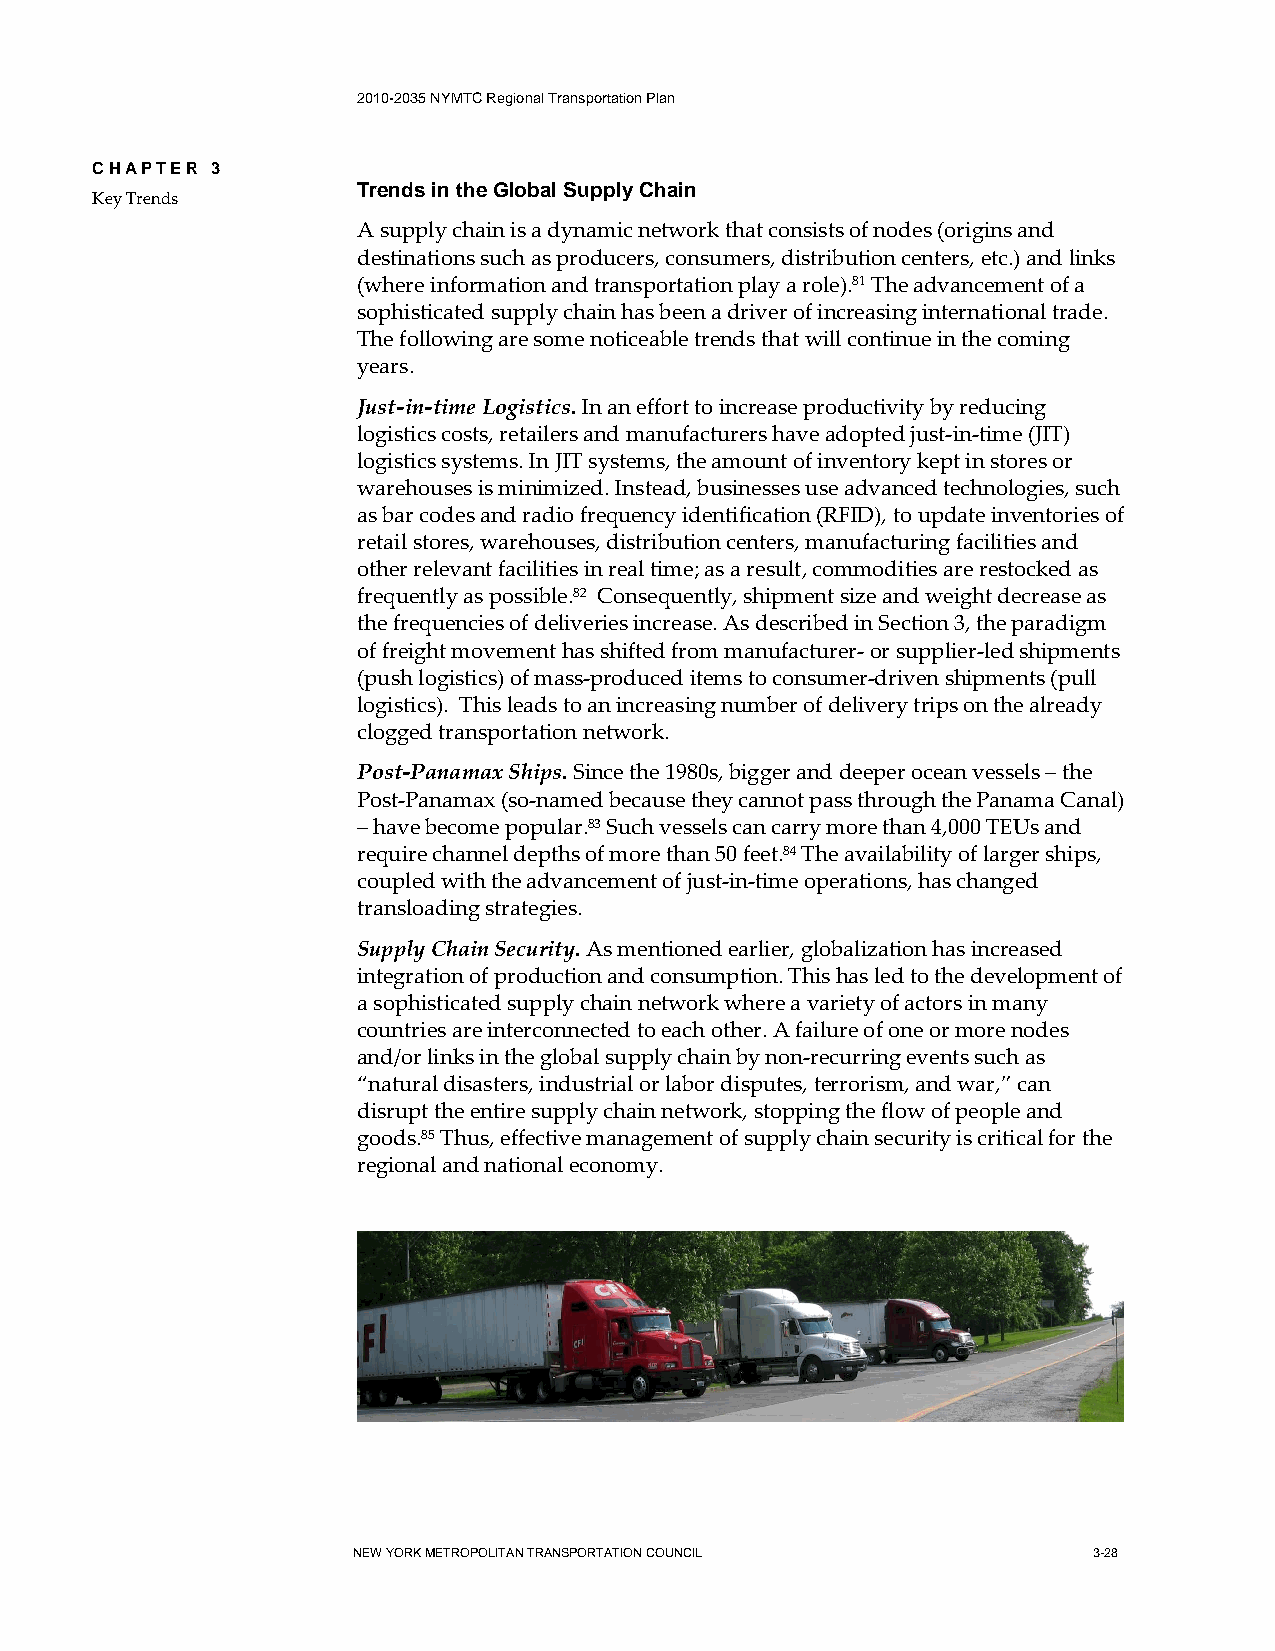
2010-2035 NYMTC Regional Transportation Plan
 CHAPTER 3
 Trends in the Global Supply Chain
 Key Trends
 A supply chain is a dynamic network that consists of nodes (origins and
 destinations such as producers, consumers, distribution centers, etc.) and links
 (where information and transportation play a role).81 The advancement of a
 sophisticated supply chain has been a driver of increasing international trade.
 The following are some noticeable trends that will continue in the coming
 years.
 Just-in-time Logistics. In an effort to increase productivity by reducing
 logistics costs, retailers and manufacturers have adopted just-in-time (JIT)
 logistics systems. In JIT systems, the amount of inventory kept in stores or
 warehouses is minimized. Instead, businesses use advanced technologies, such
 as bar codes and radio frequency identification (RFID), to update inventories of
 retail stores, warehouses, distribution centers, manufacturing facilities and
 other relevant facilities in real time; as a result, commodities are restocked as
 frequently as possible.82 Consequently, shipment size and weight decrease as
 the frequencies of deliveries increase. As described in Section 3, the paradigm
 of freight movement has shifted from manufacturer- or supplier-led shipments
 (push logistics) of mass-produced items to consumer-driven shipments (pull
 logistics). This leads to an increasing number of delivery trips on the already
 clogged transportation network.
 Post-Panamax Ships. Since the 1980s, bigger and deeper ocean vessels – the
 Post-Panamax (so-named because they cannot pass through the Panama Canal)
 – have become popular.83 Such vessels can carry more than 4,000 TEUs and
 require channel depths of more than 50 feet.84 The availability of larger ships,
 coupled with the advancement of just-in-time operations, has changed
 transloading strategies.
 Supply Chain Security. As mentioned earlier, globalization has increased
 integration of production and consumption. This has led to the development of
 a sophisticated supply chain network where a variety of actors in many
 countries are interconnected to each other. A failure of one or more nodes
 and/or links in the global supply chain by non-recurring events such as
 “natural disasters, industrial or labor disputes, terrorism, and war,” can
 disrupt the entire supply chain network, stopping the flow of people and
 goods.85 Thus, effective management of supply chain security is critical for the
 regional and national economy.
 NEW YORK METROPOLITAN TRANSPORTATION COUNCIL     3-28